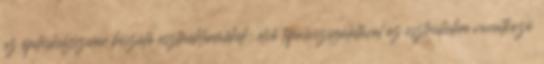
az építéshelyszínen készülő esztrichtermékek: első típusvizsgálatával az esztrichekre vonatkozó